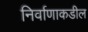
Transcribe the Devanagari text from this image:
निर्वाणाकडील